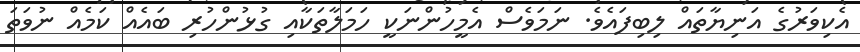
އެކިވަރުގެ އަނިޔާތައް ލިބިފައެވެ. ނަމަވެސް އެމީހުންނަކީ ހަމަލާތަކާއި ގުޅުންހުރި ބައެއް ކަމެއް ނުވަތަ